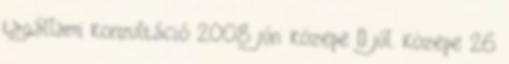
tagállami konzultáció 2008 jún. közepe – júl. közepe 26